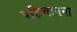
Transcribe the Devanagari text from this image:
पहिचानना